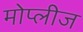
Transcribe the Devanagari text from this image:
मोप्लीज